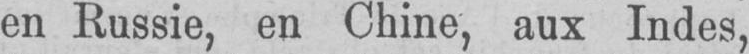
en Russie, en Chine, aux Indes,